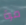
مرة